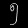
Digit: ၅